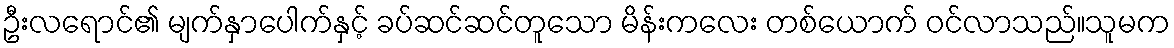
ဦးလရောင်၏ မျက်နှာပေါက်နှင့် ခပ်ဆင်ဆင်တူသော မိန်းကလေး တစ်ယောက် ဝင်လာသည်။သူမက